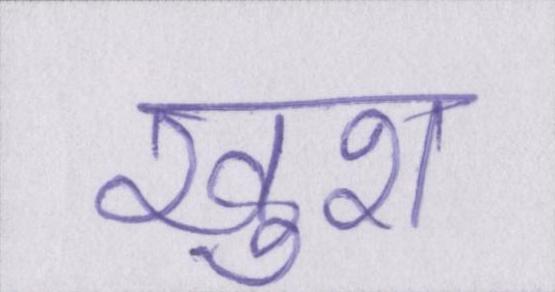
ख़ुश